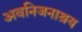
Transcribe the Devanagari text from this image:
अवनिजनाश्रय